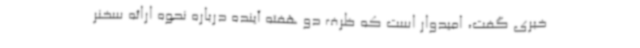
خبری گفت، امیدوار است که ظرف دو هفته آینده درباره نحوه ارائه سخنر